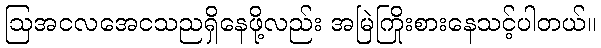
ဩအငလအေငသညရှိနေဖို့လည်း အမြဲကြိုးစားနေသင့်ပါတယ်။